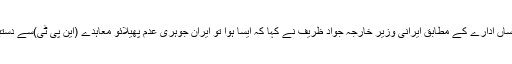
غیر ملکی خبر رساں ادارے کے مطابق ایرانی وزیر خارجہ جواد ظریف نے کہا کہ ایسا ہوا تو ایران جوہری عدم پھیلائو معاہدے (این پی ٹی)سے دستبردار ہوجائے گا۔